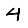
Digit: 4